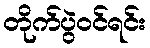
တိုက်ပွဲဝင်ရင်း